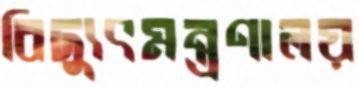
বিদ্যুৎমন্ত্রণালয়